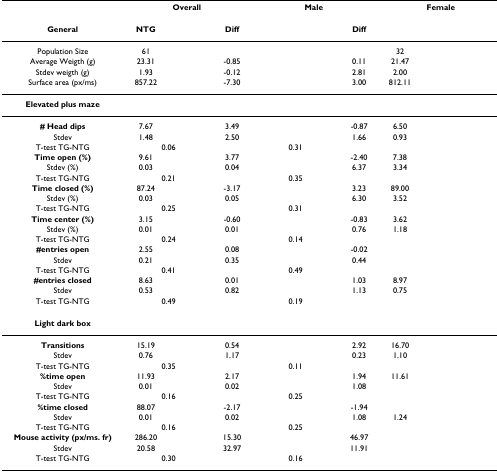
<table><thead><tr><td>[EMPTY_CELL]</td><td colspan="3"><b>Overall</b></td><td colspan="3"><b>Male</b></td><td colspan="3"><b>Female</b></td></tr></thead><tbody><tr><td><b>General</b></td><td><b>NTG</b></td><td>[EMPTY_CELL]</td><td><b>Diff</b></td><td>[EMPTY_CELL]</td><td>[EMPTY_CELL]</td><td><b>Diff</b></td><td>[EMPTY_CELL]</td><td>[EMPTY_CELL]</td><td>[EMPTY_CELL]</td></tr><tr><td>Population Size</td><td>61</td><td>[EMPTY_CELL]</td><td>[EMPTY_CELL]</td><td>[EMPTY_CELL]</td><td>[EMPTY_CELL]</td><td>[EMPTY_CELL]</td><td>32</td><td>[EMPTY_CELL]</td><td>[EMPTY_CELL]</td></tr><tr><td>Average Weigth (g)</td><td>23.31</td><td>[EMPTY_CELL]</td><td>-0.85</td><td>[EMPTY_CELL]</td><td>[EMPTY_CELL]</td><td>0.11</td><td>21.47</td><td>[EMPTY_CELL]</td><td>[EMPTY_CELL]</td></tr><tr><td>Stdev weigth (g)</td><td>1.93</td><td>[EMPTY_CELL]</td><td>-0.12</td><td>[EMPTY_CELL]</td><td>[EMPTY_CELL]</td><td>2.81</td><td>2.00</td><td>[EMPTY_CELL]</td><td>[EMPTY_CELL]</td></tr><tr><td>Surface area (px/ms)</td><td>857.22</td><td>[EMPTY_CELL]</td><td>-7.30</td><td>[EMPTY_CELL]</td><td>[EMPTY_CELL]</td><td>3.00</td><td>812.11</td><td>[EMPTY_CELL]</td><td>[EMPTY_CELL]</td></tr><tr><td><b>Elevated plus maze</b></td><td>[EMPTY_CELL]</td><td>[EMPTY_CELL]</td><td>[EMPTY_CELL]</td><td>[EMPTY_CELL]</td><td>[EMPTY_CELL]</td><td>[EMPTY_CELL]</td><td>[EMPTY_CELL]</td><td>[EMPTY_CELL]</td><td>[EMPTY_CELL]</td></tr><tr><td><b># Head dips</b></td><td>7.67</td><td>[EMPTY_CELL]</td><td>3.49</td><td>[EMPTY_CELL]</td><td>[EMPTY_CELL]</td><td>-0.87</td><td>6.50</td><td>[EMPTY_CELL]</td><td>[EMPTY_CELL]</td></tr><tr><td>Stdev</td><td>1.48</td><td>[EMPTY_CELL]</td><td>2.50</td><td>[EMPTY_CELL]</td><td>[EMPTY_CELL]</td><td>1.66</td><td>0.93</td><td>[EMPTY_CELL]</td><td>[EMPTY_CELL]</td></tr><tr><td>T-test TG-NTG</td><td colspan="2">0.06</td><td>[EMPTY_CELL]</td><td colspan="2">0.31</td><td>[EMPTY_CELL]</td><td colspan="2">[EMPTY_CELL]</td><td>[EMPTY_CELL]</td></tr><tr><td><b>Time open (%)</b></td><td>9.61</td><td>[EMPTY_CELL]</td><td>3.77</td><td>[EMPTY_CELL]</td><td>[EMPTY_CELL]</td><td>-2.40</td><td>7.38</td><td>[EMPTY_CELL]</td><td>[EMPTY_CELL]</td></tr><tr><td>Stdev (%)</td><td>0.03</td><td>[EMPTY_CELL]</td><td>0.04</td><td>[EMPTY_CELL]</td><td>[EMPTY_CELL]</td><td>6.37</td><td>3.34</td><td>[EMPTY_CELL]</td><td>[EMPTY_CELL]</td></tr><tr><td>T-test TG-NTG</td><td colspan="2">0.21</td><td>[EMPTY_CELL]</td><td colspan="2">0.35</td><td>[EMPTY_CELL]</td><td colspan="2">[EMPTY_CELL]</td><td>[EMPTY_CELL]</td></tr><tr><td><b>Time closed (%)</b></td><td>87.24</td><td>[EMPTY_CELL]</td><td>-3.17</td><td>[EMPTY_CELL]</td><td>[EMPTY_CELL]</td><td>3.23</td><td>89.00</td><td>[EMPTY_CELL]</td><td>[EMPTY_CELL]</td></tr><tr><td>Stdev (%)</td><td>0.03</td><td>[EMPTY_CELL]</td><td>0.05</td><td>[EMPTY_CELL]</td><td>[EMPTY_CELL]</td><td>6.30</td><td>3.52</td><td>[EMPTY_CELL]</td><td>[EMPTY_CELL]</td></tr><tr><td>T-test TG-NTG</td><td colspan="2">0.25</td><td>[EMPTY_CELL]</td><td colspan="2">0.31</td><td>[EMPTY_CELL]</td><td colspan="2">[EMPTY_CELL]</td><td>[EMPTY_CELL]</td></tr><tr><td><b>Time center (%)</b></td><td>3.15</td><td>[EMPTY_CELL]</td><td>-0.60</td><td>[EMPTY_CELL]</td><td>[EMPTY_CELL]</td><td>-0.83</td><td>3.62</td><td>[EMPTY_CELL]</td><td>[EMPTY_CELL]</td></tr><tr><td>Stdev (%)</td><td>0.01</td><td>[EMPTY_CELL]</td><td>0.01</td><td>[EMPTY_CELL]</td><td>[EMPTY_CELL]</td><td>0.76</td><td>1.18</td><td>[EMPTY_CELL]</td><td>[EMPTY_CELL]</td></tr><tr><td>T-test TG-NTG</td><td colspan="2">0.24</td><td>[EMPTY_CELL]</td><td colspan="2">0.14</td><td>[EMPTY_CELL]</td><td colspan="2">[EMPTY_CELL]</td><td>[EMPTY_CELL]</td></tr><tr><td><b>#entries open</b></td><td>2.55</td><td>[EMPTY_CELL]</td><td>0.08</td><td>[EMPTY_CELL]</td><td>[EMPTY_CELL]</td><td>-0.02</td><td>[EMPTY_CELL]</td><td>[EMPTY_CELL]</td><td>[EMPTY_CELL]</td></tr><tr><td>Stdev</td><td>0.21</td><td>[EMPTY_CELL]</td><td>0.35</td><td>[EMPTY_CELL]</td><td>[EMPTY_CELL]</td><td>0.44</td><td>[EMPTY_CELL]</td><td>[EMPTY_CELL]</td><td>[EMPTY_CELL]</td></tr><tr><td>T-test TG-NTG</td><td colspan="2">0.41</td><td>[EMPTY_CELL]</td><td colspan="2">0.49</td><td>[EMPTY_CELL]</td><td colspan="2">[EMPTY_CELL]</td><td>[EMPTY_CELL]</td></tr><tr><td><b>#entries closed</b></td><td>8.63</td><td>[EMPTY_CELL]</td><td>0.01</td><td>[EMPTY_CELL]</td><td>[EMPTY_CELL]</td><td>1.03</td><td>8.97</td><td>[EMPTY_CELL]</td><td>[EMPTY_CELL]</td></tr><tr><td>Stdev</td><td>0.53</td><td>[EMPTY_CELL]</td><td>0.82</td><td>[EMPTY_CELL]</td><td>[EMPTY_CELL]</td><td>1.13</td><td>0.75</td><td>[EMPTY_CELL]</td><td>[EMPTY_CELL]</td></tr><tr><td>T-test TG-NTG</td><td colspan="2">0.49</td><td>[EMPTY_CELL]</td><td colspan="2">0.19</td><td>[EMPTY_CELL]</td><td colspan="2">[EMPTY_CELL]</td><td>[EMPTY_CELL]</td></tr><tr><td><b>Light dark box</b></td><td>[EMPTY_CELL]</td><td>[EMPTY_CELL]</td><td>[EMPTY_CELL]</td><td>[EMPTY_CELL]</td><td>[EMPTY_CELL]</td><td>[EMPTY_CELL]</td><td>[EMPTY_CELL]</td><td>[EMPTY_CELL]</td><td>[EMPTY_CELL]</td></tr><tr><td><b>Transitions</b></td><td>15.19</td><td>[EMPTY_CELL]</td><td>0.54</td><td>[EMPTY_CELL]</td><td>[EMPTY_CELL]</td><td>2.92</td><td>16.70</td><td>[EMPTY_CELL]</td><td>[EMPTY_CELL]</td></tr><tr><td>Stdev</td><td>0.76</td><td>[EMPTY_CELL]</td><td>1.17</td><td>[EMPTY_CELL]</td><td>[EMPTY_CELL]</td><td>0.23</td><td>1.10</td><td>[EMPTY_CELL]</td><td>[EMPTY_CELL]</td></tr><tr><td>T-test TG-NTG</td><td colspan="2">0.35</td><td>[EMPTY_CELL]</td><td colspan="2">0.11</td><td>[EMPTY_CELL]</td><td colspan="2">[EMPTY_CELL]</td><td>[EMPTY_CELL]</td></tr><tr><td><b>%time open</b></td><td>11.93</td><td>[EMPTY_CELL]</td><td>2.17</td><td>[EMPTY_CELL]</td><td>[EMPTY_CELL]</td><td>1.94</td><td>11.61</td><td>[EMPTY_CELL]</td><td>[EMPTY_CELL]</td></tr><tr><td>Stdev</td><td>0.01</td><td>[EMPTY_CELL]</td><td>0.02</td><td>[EMPTY_CELL]</td><td>[EMPTY_CELL]</td><td>1.08</td><td>[EMPTY_CELL]</td><td>[EMPTY_CELL]</td><td>[EMPTY_CELL]</td></tr><tr><td>T-test TG-NTG</td><td colspan="2">0.16</td><td>[EMPTY_CELL]</td><td colspan="2">0.25</td><td>[EMPTY_CELL]</td><td colspan="2">[EMPTY_CELL]</td><td>[EMPTY_CELL]</td></tr><tr><td><b>%time closed</b></td><td>88.07</td><td>[EMPTY_CELL]</td><td>-2.17</td><td>[EMPTY_CELL]</td><td>[EMPTY_CELL]</td><td>-1.94</td><td>[EMPTY_CELL]</td><td>[EMPTY_CELL]</td><td>[EMPTY_CELL]</td></tr><tr><td>Stdev</td><td>0.01</td><td>[EMPTY_CELL]</td><td>0.02</td><td>[EMPTY_CELL]</td><td>[EMPTY_CELL]</td><td>1.08</td><td>1.24</td><td>[EMPTY_CELL]</td><td>[EMPTY_CELL]</td></tr><tr><td>T-test TG-NTG</td><td colspan="2">0.16</td><td>[EMPTY_CELL]</td><td colspan="2">0.25</td><td>[EMPTY_CELL]</td><td colspan="2">[EMPTY_CELL]</td><td>[EMPTY_CELL]</td></tr><tr><td><b>Mouse activity (px/ms. fr)</b></td><td>286.20</td><td>[EMPTY_CELL]</td><td>15.30</td><td>[EMPTY_CELL]</td><td>[EMPTY_CELL]</td><td>46.97</td><td>[EMPTY_CELL]</td><td>[EMPTY_CELL]</td><td>[EMPTY_CELL]</td></tr><tr><td>Stdev</td><td>20.58</td><td>[EMPTY_CELL]</td><td>32.97</td><td>[EMPTY_CELL]</td><td>[EMPTY_CELL]</td><td>11.91</td><td>[EMPTY_CELL]</td><td>[EMPTY_CELL]</td><td>[EMPTY_CELL]</td></tr><tr><td>T-test TG-NTG</td><td colspan="2">0.30</td><td>[EMPTY_CELL]</td><td colspan="2">0.16</td><td>[EMPTY_CELL]</td><td colspan="2">[EMPTY_CELL]</td><td>[EMPTY_CELL]</td></tr></tbody></table>